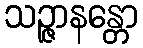
သဉ္ဇာနန္တော